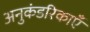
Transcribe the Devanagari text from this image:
अनुकंडरिकाएँ